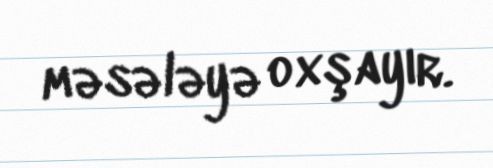
məsələyə oxşayır.